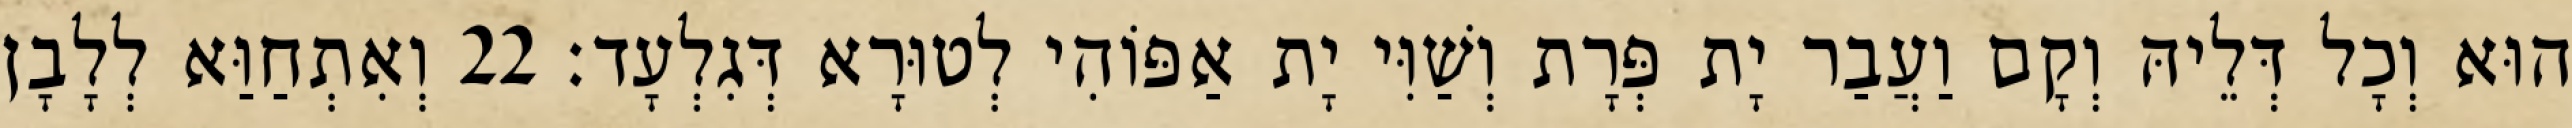
הוּא וְכָל דְּלֵיהּ וְקָם וַעֲבַר יָת פְּרָת וְשַׁוִּי יָת אַפּוֹהִי לְטוּרָא דְּגִלְעָד׃ 22 וְאִתְחַוַּא לְלָבָן